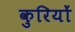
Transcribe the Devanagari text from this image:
कुरियों